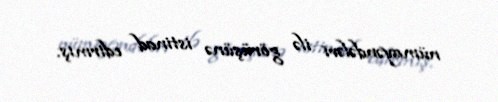
nümayəndələri ilə görüşünə istinad edirmiş.